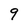
Character: 9